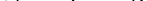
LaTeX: \smash{s_{i}=\sum_{\mathbf{j}}K_{i\mathbf{j}}}